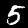
Label: 5